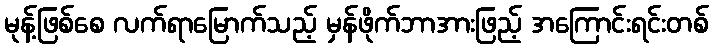
မုန့်ဖြစ်စေ လက်ရာမြောက်သည့် မှန်ဖိုက်ဘာအားဖြည့် အကြောင်းရင်းတစ်